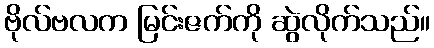
ဗိုလ်ဗလက မြင်းဇက်ကို ဆွဲလိုက်သည်။